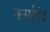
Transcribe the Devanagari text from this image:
कर्मानंद